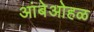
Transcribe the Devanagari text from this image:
आंबेओहळ